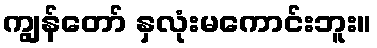
ကျွန်တော် နှလုံးမကောင်းဘူး။